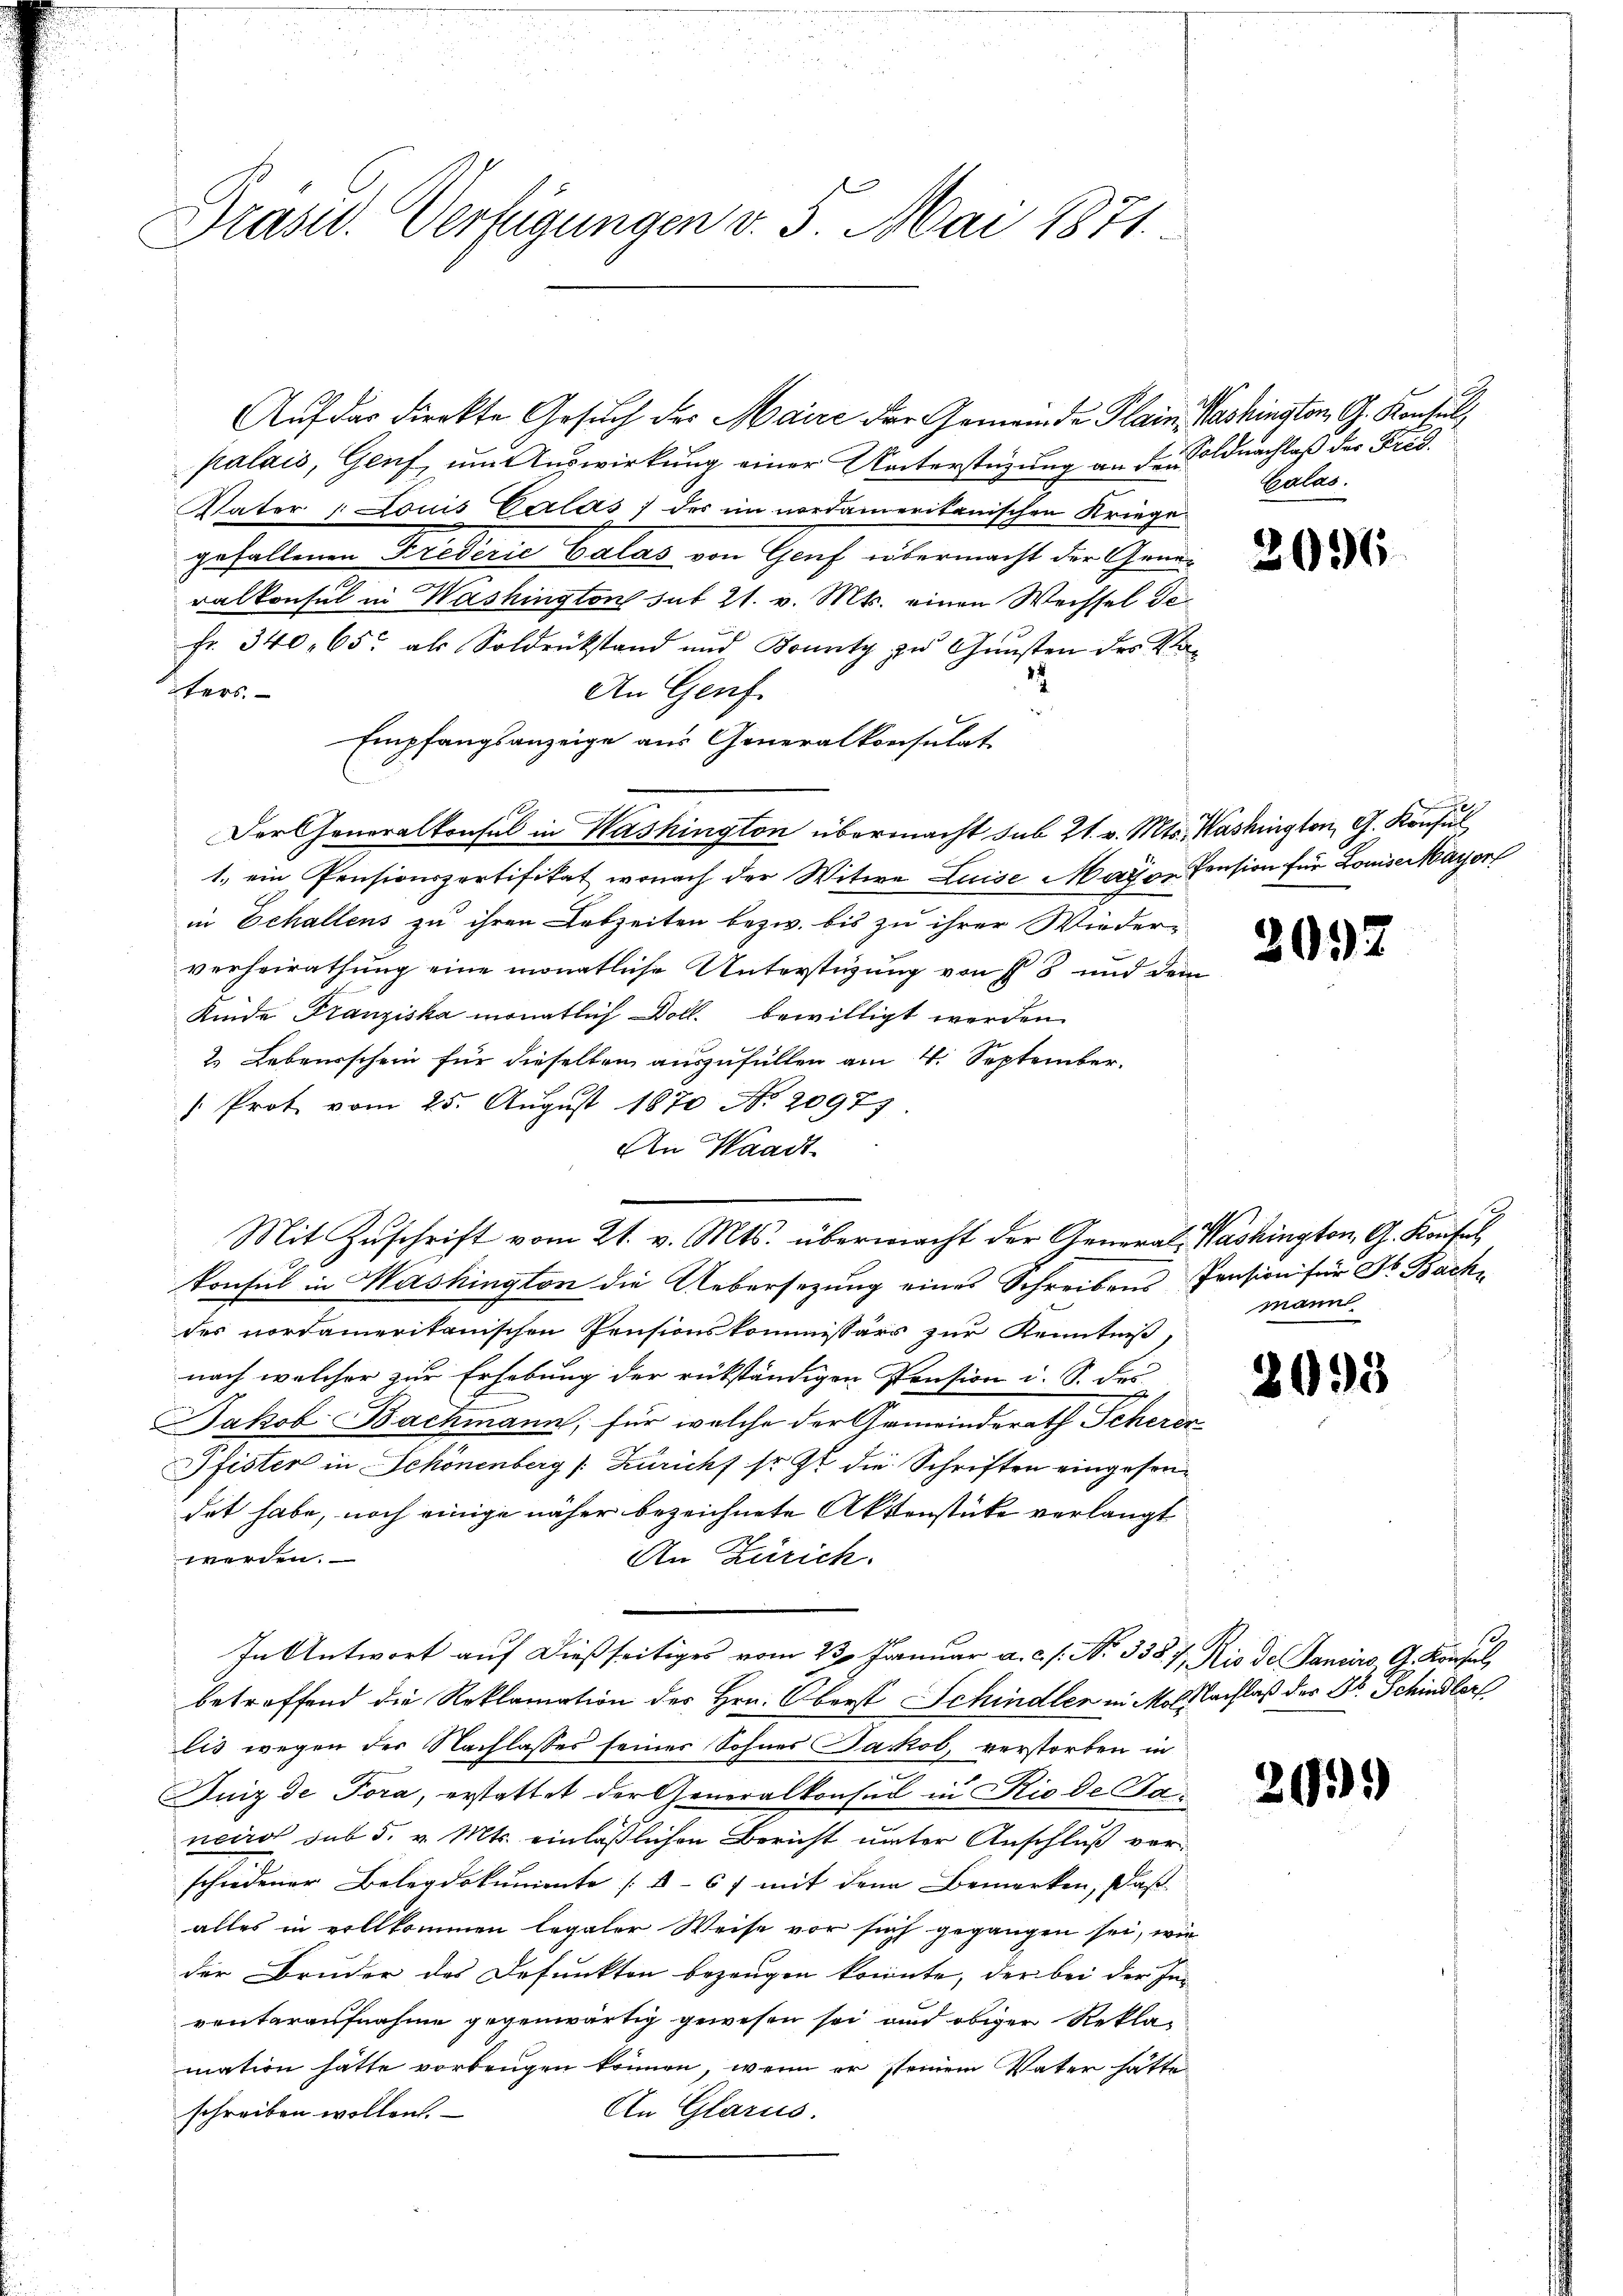
Präsid. Verfügungen v. 5. Mai 1871

Auf das direkte Gesuch der Maire der Gemeinde Plain. Washington, G. Konsulpalais, Genf, um Auswirkung einer Unterstüzung an den Soldnachlaß der Fred
Vater Louis Calas der im nordamerikanischen Kriege
gefallenen Krederie balas von Genf übermacht der Generalkonsul in Washington sub 21. v. Mts. einen Wechsel de
Fr. 340, 65 als Soldrückstand und Bounty zu Gunsten des Va¬
22
ters.
An Genf.
Empfangsanzeige aus Generalkonsulat
Der Generalkonsul in Washington übermacht sub 21. v. Mts. Washington, G. Konsul
1.) ein Pensionsportifikat wonach der Witwe Luise Mayer Pension für LouiseMayorf
in Echallens zu ihren Lebzeiten bezw. bis zu ihrer Wieder-
verheirathung eine monatliche Unterstüzung von § 8 und dem
Kinde Franziska monatlich Doll. bewilligt werden.
2. Lebensschein für dieselben auszufüllen am 4. September.
" Prot vom 25. August 1870 No 20977.
An Waadt
Mit Zuschrift vom 21. v. Mts. übermacht der General- Washington, G. Konsul
konsul in Mashington die Uebersezung eines Schreibens Pension für Dr. Bachdes nordamerikanischen Pensionskommissärs zur Kenntniß,
nach welcher zur Erhebung der rükständigen Pension i. S. des
Jakob Bachmann, für welche der Gemeinderath Scheren
Pfister in Schönenberg (Züricht so ist die Schriften eingesondet habe, noch einige näher bezeichnete Aktenstücke verlangt
werden.
An Zürich.
In Antwort auf dießseitiges vom 23. Januar a. c. s. No. 338. 7, Rio des Sancirs, G. Konsul
betreffend die Reklamation des Hrn. Oberst Schindler in Molfbachlaß des Dr. Schindlerf
lis wegen der Nachlasses seines Sohnes Jackob, verstorben in
Juiz de Tora, erstattet der Generalkonsul in Rio de Janeiro sub 5. v. Mts. einläßlichen Bericht unter Anschluß verschiedener Belegdokumente (§ 6f mit dem Bemerken, daß
alles in vollkommen legaler Weise vor sich gegangen sei, wie
der Bruder des Defunkten bezeugen konnte, der bei der Inventaraufnahme gegenwärtig gewesen sei und obiger Reklamation hätte vorbeugen können, wenn er seinem Vater hätte
An Glarus.
schreiben wollen.

Calas.

2096

2092

mann.

2035

299)